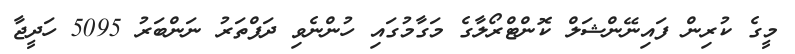
މީގެ ކުރިން ފައިނޭންޝަލް ކޮންޓްރޯލާގެ މަގާމުގައި ހުންނެވި ދަފްތަރު ނަންބަރު 5095 ހަދީޖާ